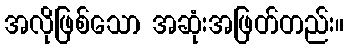
အလိုဖြစ်သော အဆုံးအဖြတ်တည်း။